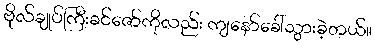
ဗိုလ်ချုပ်ကြီးခင်ဇော်ကိုလည်း ကျနော်ခေါ်သွားခဲ့တယ်။